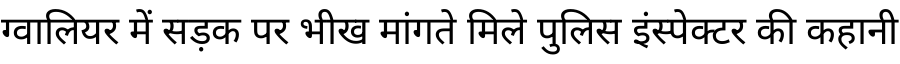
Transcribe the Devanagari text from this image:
ग्वालियर में सड़क पर भीख मांगते मिले पुलिस इंस्पेक्टर की कहानी